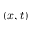
( x , t )